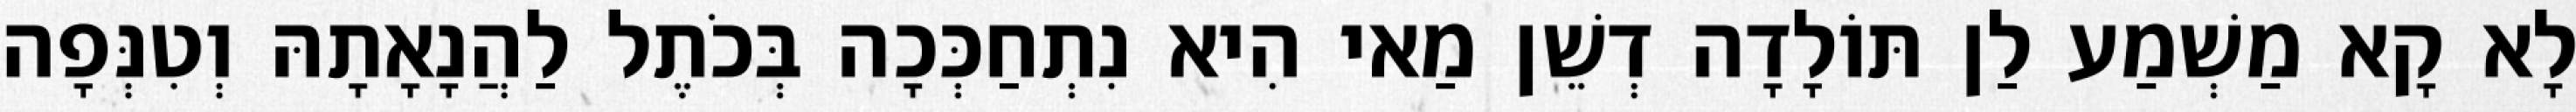
לָא קָא מַשְׁמַע לַן תּוֹלָדָה דְשֵׁן מַאי הִיא נִתְחַכְּכָה בְּכֹתֶל לַהֲנָאָתָהּ וְטִנְּפָה